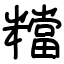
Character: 𥼽